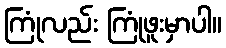
ကြုံလည်း ကြုံဖူးမှာပါ။